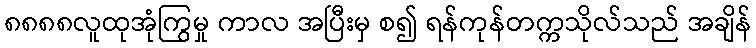
၈၈၈၈လူထုအုံကြွမှု ကာလ အပြီးမှ စ၍ ရန်ကုန်တက္ကသိုလ်သည် အချိန်